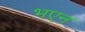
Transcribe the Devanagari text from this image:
भएन